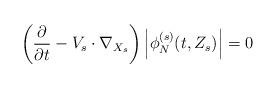
LaTeX: \begin{align*}\left( \frac{\partial}{\partial t} - V_s\cdot \nabla_{X_s}\right)\left| \phi_N^{(s)} (t,Z_s) \right| = 0\end{align*}